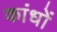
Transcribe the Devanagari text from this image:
कांधों